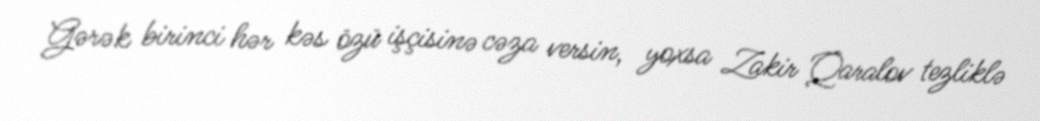
Gərək birinci hər kəs özü işçisinə cəza versin, yoxsa Zakir Qaralov tezliklə